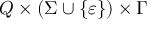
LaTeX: Q \times ( \Sigma \cup \{ \varepsilon \} ) \times \Gamma